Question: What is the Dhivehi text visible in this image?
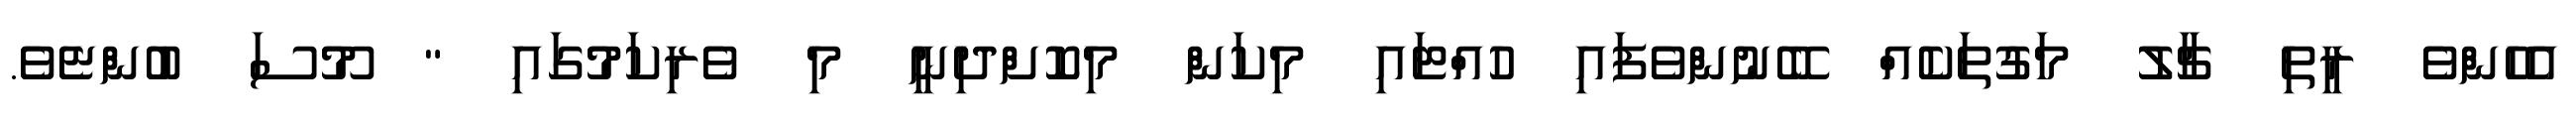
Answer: އެހެންވެ ރީތި ޗާލު މަގުތަކެއް ބޭނުންވެފައި ހުއްޓައި މިކަން މިކޮށްދިނީ މި ވެރިކަމުގައި " މޫސަ ބުންޏެވެ.